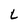
Character: L